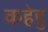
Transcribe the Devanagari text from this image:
कहेहु